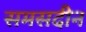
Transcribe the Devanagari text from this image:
समसदीन